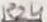
Text: R24